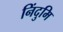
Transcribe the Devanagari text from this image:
निंदुमि